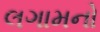
લગામનો